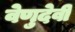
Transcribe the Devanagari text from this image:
वेणुदेवी